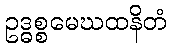
ဥဒ္ဓစ္စမေဃထနိတံ